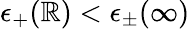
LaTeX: \epsilon_{+}(\mathbb{R})<\epsilon_{\pm}(\infty)